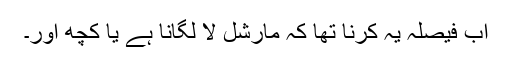
اب فیصلہ یہ کرنا تھا کہ مارشل لا لگانا ہے یا کچھ اور۔